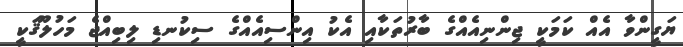
ޔަގީންވާ އެއް ކަމަކީ ޖިންނިއެއްގެ ބާރުތަކާއި އެކު އިންސިއެއްގެ ސިކުނޑި ލިބިއްޖެ މަހުލޫޤަކީ